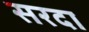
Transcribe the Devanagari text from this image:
सरदा